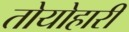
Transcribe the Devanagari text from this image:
तोयोहारी